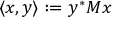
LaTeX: \langle x , y \rangle : = y ^ { * } M x